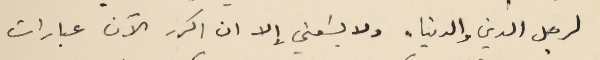
لرجل الدين والدنيا. ولا يسَعني إلا ان اكرر الآن عبارات